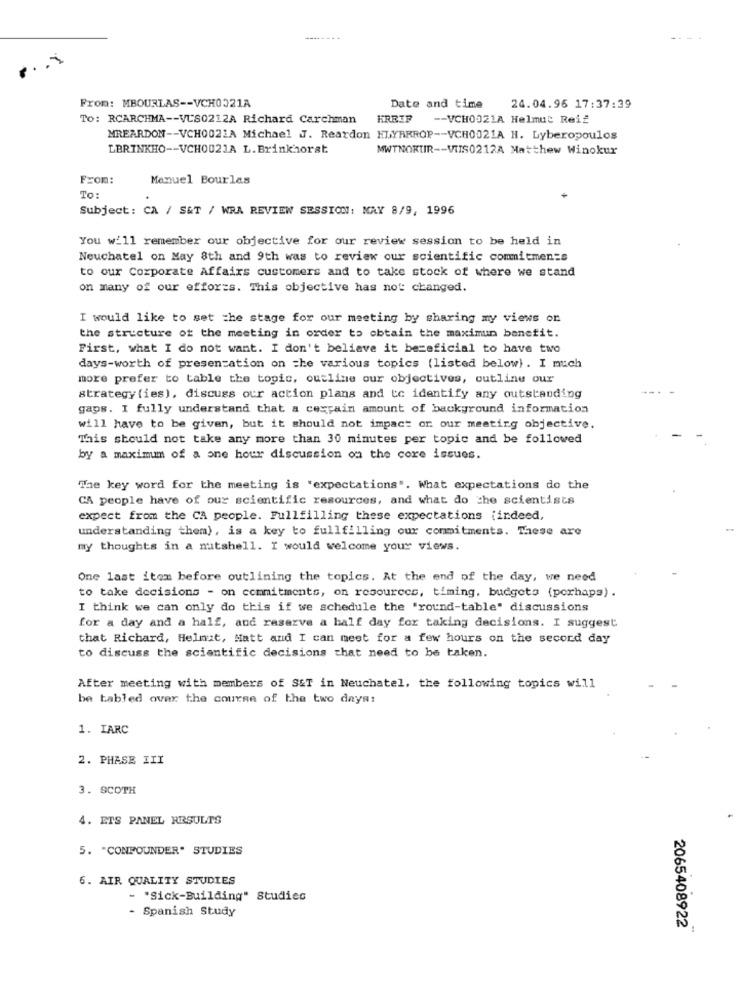
.. 1
From: MBOURLAS -- VCH0021A
Date and time
24.04.96 17:37:39
To: RCARCHMA -- VUS0212A Richard Carchman
KREIF
-- VCH0321A Helmut Reif
MREARDON -- VCH0021A Michael J. Reardon HLYRRROP -- VCH0021A H. Lyberopoulos
LBRINKHO -- VCH0021A L.Brinkhorst
MWTNOKUR -- VIS0212A Matthew Winokur
From:
Manuel Bourlas
To:
Subject: CA / S&T / WRA REVIEW SESSION: MAY 8/9, 1996
You will remember our objective for our review session to be held in
Neuchatel on May 8th and 9th was to review our scientific commitments
to our Corporate Affairs customers and to take stock of where we stand
on many of our efforts. This objective has not changed.
I would like to set the stage for our meeting by sharing my views on
the structure of the meeting in order to obtain the maximum benefit.
First, what I do not want. I don't believe it bezeficial to have two
days-worth of presentation on the various topics (listed below). I much
more prefer to table the topic, outline our objectives, outline our
strategy (ies), discuss our action plans and to identify any outstanding
gaps. I fully understand that a cexpain amount of background information
will have to be given, but it should not impact on our meeting objective.
This should not take any more than 30 minutes per topic and be followed
by a maximum of a one hour discussion on the core issues.
The key word for the meeting is 'expectations". What expectations do the
CA people have of our scientific resources, and what do the scientists
expect from the CA people. Fullfilling these expectations [indeed,
understanding them), is a key to fullfilling our commitments. These are
my thoughts in a nutshell. I would welcome your views.
One last item before outlining the topics. At the end of the day, we need
to take decisions - on commitments, on resources, timing. budgets (perhaps) .
I think we can only do this if we schedule the 'round-table" discussions
for a day and a half, and reserve a half day for taking decisions. I suggest
that Richard, Helmut, Matt and I can meet for a few hours on the second day
to discuss the scientific decisions that need to be taken.
After meeting with members of S&T in Neuchatel, the following topics will
be Labled over the course of the two days:
1. IARC
2. PHASE III
3. SCOTH
4. ETS PANEL RESULTS
5. "CONFOUNDER" STUDIES
6. AIR QUALITY STUDIES
- 'Sick-Building" Studies
- Spanish Study
2065408922